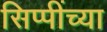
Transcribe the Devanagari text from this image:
सिप्पींच्या